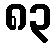
၈၃